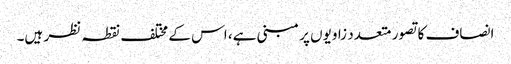
انصاف کا تصور متعدد زاویوں پر مبنی ہے، اس کے مختلف نقطہ نظر ہیں۔